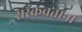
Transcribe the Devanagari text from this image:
सरकवताना